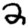
Digit: 2